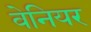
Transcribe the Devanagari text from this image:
वेनियर